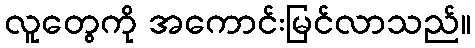
လူတွေကို အကောင်းမြင်လာသည်။